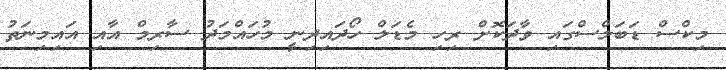
މިކްސް ޑަބަލްސްގައި ވާދަކޮށް ރިހި މެޑަލް ހޯދައިދިނީ މުހައްމަދު ސާރިމް އާއި އައިމިނަތު